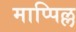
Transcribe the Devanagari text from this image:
माप्पिल्ल